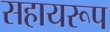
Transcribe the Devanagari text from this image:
सहायरूप